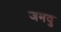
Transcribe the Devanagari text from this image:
जमवु